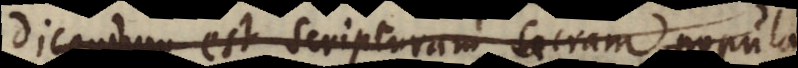
cendum est scripturam sacram popularit